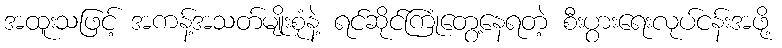
အထူးသဖြင့် အကန့်အသတ်မျိုးစုံနဲ့ ရင်ဆိုင်ကြုံတွေ့နေရတဲ့ စီးပွားရေးလုပ်ငန်းအဖို့